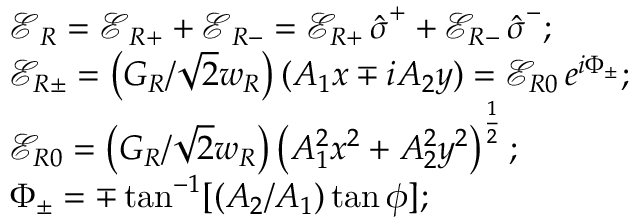
\begin{array} { r l r } & { \boldsymbol { \mathcal { E } } _ { R } = \boldsymbol { \mathcal { E } } _ { R + } + \boldsymbol { \mathcal { E } } _ { R - } = \mathcal { E } _ { R + } \, \hat { \boldsymbol { \sigma } } ^ { + } + \mathcal { E } _ { R - } \, \hat { \boldsymbol { \sigma } } ^ { - } ; } & \\ & { \mathcal { E } _ { R \pm } = \left( G _ { R } / \sqrt { 2 } w _ { R } \right) ( A _ { 1 } x \mp i A _ { 2 } y ) = \mathcal { E } _ { R 0 } \, e ^ { i \Phi _ { \pm } } ; } & \\ & { \mathcal { E } _ { R 0 } = \left( G _ { R } / \sqrt { 2 } w _ { R } \right) \left( A _ { 1 } ^ { 2 } x ^ { 2 } + A _ { 2 } ^ { 2 } y ^ { 2 } \right) ^ { \frac { 1 } { 2 } } ; } & \\ & { \Phi _ { \pm } = \mp \tan ^ { - 1 } [ ( A _ { 2 } / A _ { 1 } ) \tan \phi ] ; } & \end{array}